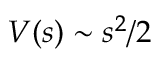
V ( s ) \sim s ^ { 2 } / 2